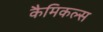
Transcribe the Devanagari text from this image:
कैमिकल्‍स